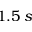
1 . 5 \; s